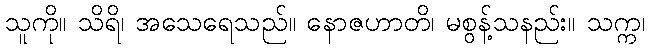
သူကို။ သိရိ၊ အသေရေသည်။ နောဇဟာတိ၊ မစွန့်သနည်း။ သက္က၊